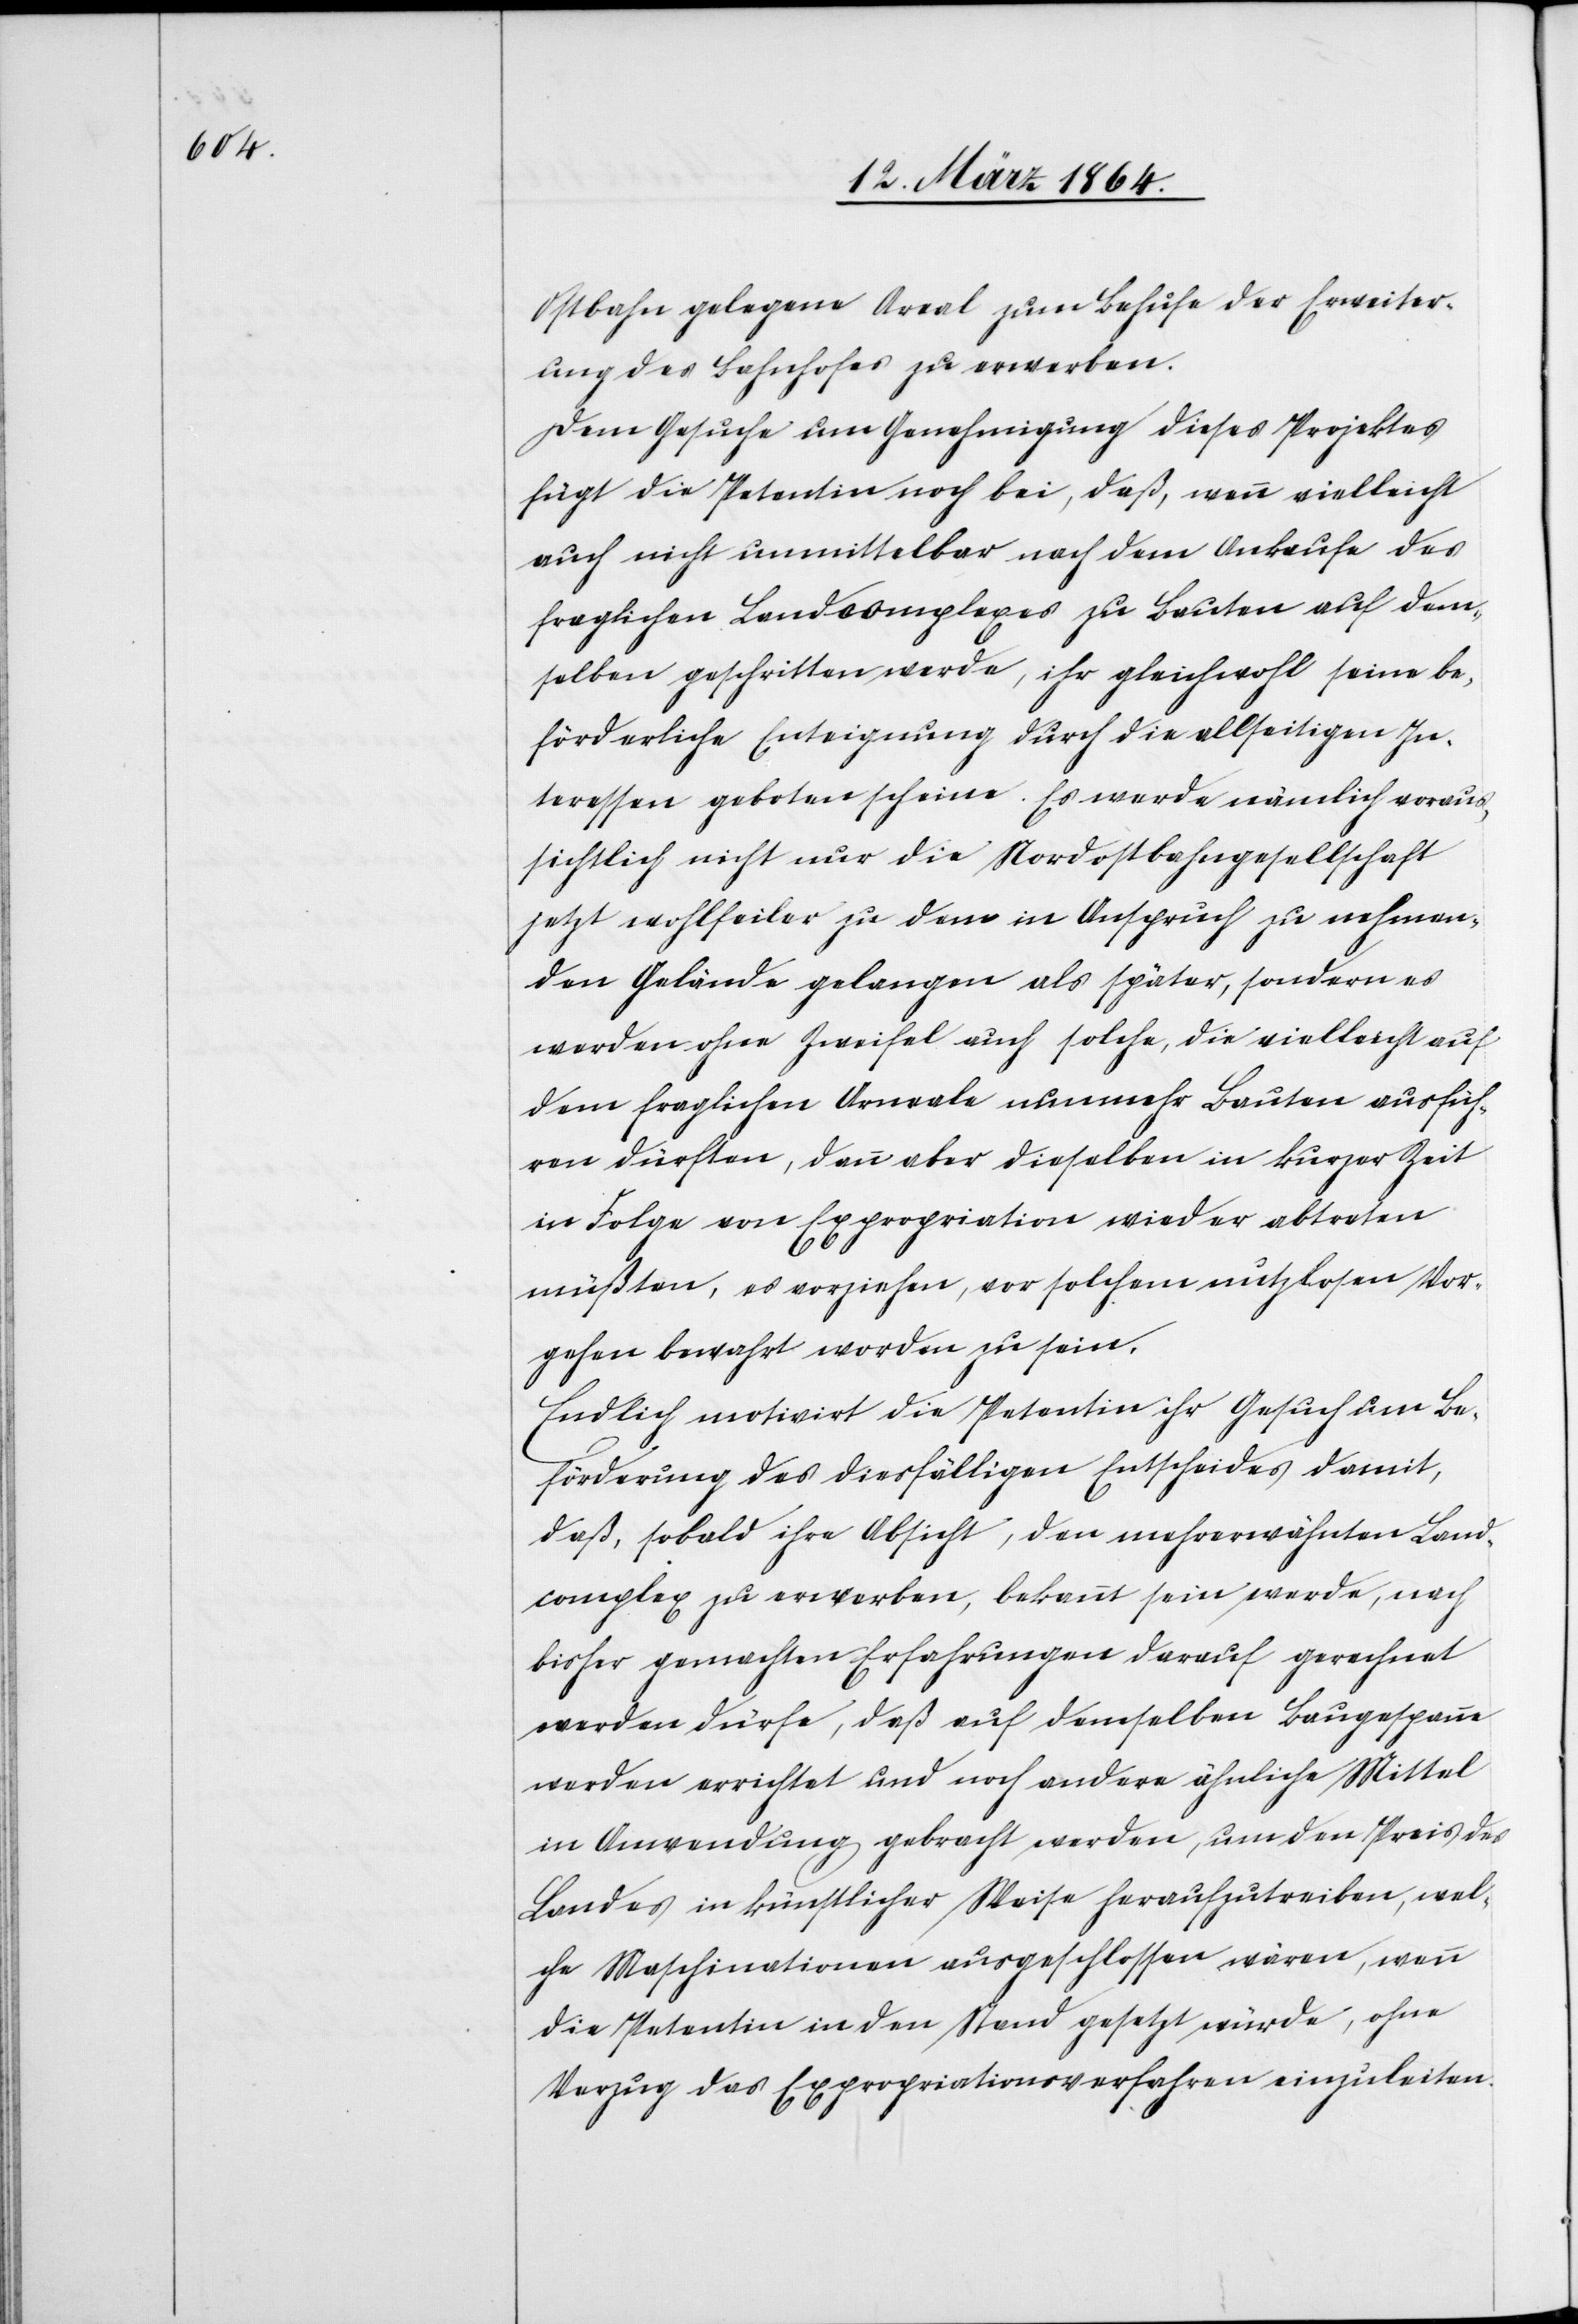
Ostbahn gelegene Areal zum Behufe der Erweiter¬
ung des Bahnhofes zu erwerben.
Dem Gesuche um Genehmigung dieses Projektes
fügt die Petentin noch bei, daß, wenn vielleicht
auch nicht unmittelbar nach dem Ankaufe des
fraglichen Landcomplexes zu Bauten auf dem¬
selben geschritten werde, ihr gleichwohl seine be¬
förderliche Enteignung durch die allseitigen In¬
teressen geboten scheine. Es werde nämlich voraus¬
sichtlich nicht nur die Nordostbahngesellschaft
jetzt wohlfeiler zu dem in Anspruch zu nehmen¬
den Gelände gelangen als später, sondern es
werden ohne Zweifel auch solche, die vielleicht auf
dem fraglichen Arneale [sic!] nunmehr Bauten ausfüh¬
ren dürften, dann aber dieselben in kurzer Zeit
in Folge von Expropriation wieder abtreten
müßten, es vorziehen, vor solchem nutzlosen Vor¬
gehen bewahrt worden zu sein.
Endlich motivirt die Petentin ihr Gesuch um Be¬
förderung des diesfälligen Entscheides damit,
daß, sobald ihre Absicht, den mehrerwähnten Land¬
complex zu erwerben, bekannt sein werde, nach
bisher gemachten Erfahrungen darauf gerechnet
werden dürfe, daß auf demselben Baugespanne
werden errichtet und noch andere ähnliche Mittel
in Anwendung gebracht werden, um den Preis des
Landes in künstlicher Weise heraufzutreiben, wel¬
che Maschinationen ausgeschlossen wären, wenn
die Petentin in den Stand gesetzt würde, ohne
Verzug das Expropriationsverfahren einzuleiten.